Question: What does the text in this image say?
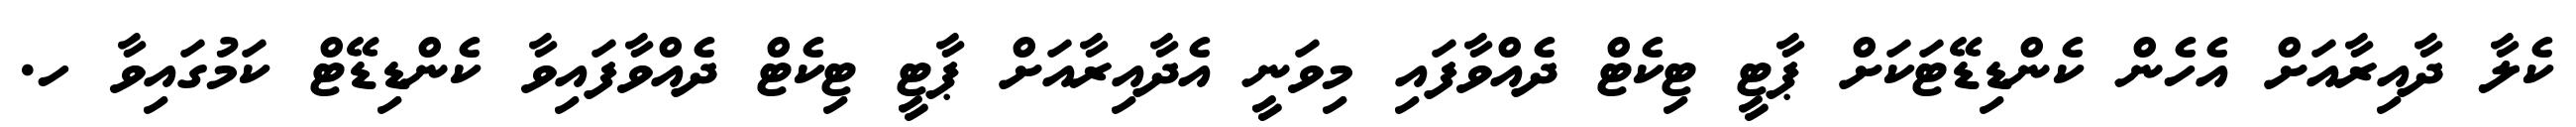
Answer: ކެލާ ދާއިރާއަށް އެހެން ކެންޑިޑޭޓަކަށް ޕާޓީ ޓިކެޓް ދެއްވާފައި މިވަނީ އެދާއިރާއަށް ޕާޓީ ޓިކެޓް ދެއްވާފައިވާ ކެންޑިޑޭޓް ކަމުގައިވާ ހ.